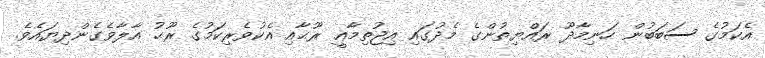
އެކަމުގެ ސަބަބުން ހަނިމާދޫ ރައްޔިތުންގެ މެދުގައި އިޖުތިމާޢީ ރޫޙާއި އެކުވެރިކަމުގެ ރޫޙު އާލާވެގެންދިޔައެވެ.